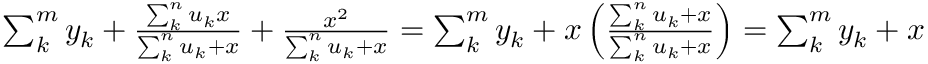
\begin{array} { r } { \sum _ { k } ^ { m } y _ { k } + \frac { \sum _ { k } ^ { n } u _ { k } x } { \sum _ { k } ^ { n } u _ { k } + x } + \frac { x ^ { 2 } } { \sum _ { k } ^ { n } u _ { k } + x } = \sum _ { k } ^ { m } y _ { k } + x \left( \frac { \sum _ { k } ^ { n } u _ { k } + x } { \sum _ { k } ^ { n } u _ { k } + x } \right) = \sum _ { k } ^ { m } y _ { k } + x } \end{array}